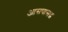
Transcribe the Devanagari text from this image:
आसपासद्ध